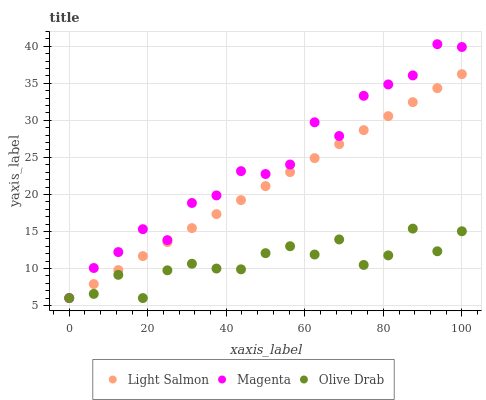
| xaxis_label | Light Salmon | Magenta | Olive Drab |
 | --- | --- | --- | --- |
 | 0 | 6 | 6 | 6 |
 | 6.25 | 7.89 | 10.1 | 6.57 |
 | 12.5 | 9.78 | 12.2 | 9.14 |
 | 18.8 | 11.7 | 15.3 | 6 |
 | 25 | 13.6 | 13.8 | 9.75 |
 | 31.2 | 15.5 | 18.8 | 10.6 |
 | 37.5 | 17.3 | 19.9 | 9.99 |
 | 43.8 | 19.2 | 23.1 | 9.88 |
 | 50 | 21.1 | 22.8 | 12.1 |
 | 56.2 | 23 | 24 | 13 |
 | 62.5 | 24.9 | 29.7 | 11.9 |
 | 68.8 | 26.8 | 27.9 | 13.9 |
 | 75 | 28.7 | 33.3 | 10.5 |
 | 81.2 | 30.6 | 34.9 | 11.8 |
 | 87.5 | 32.5 | 36.1 | 15.4 |
 | 93.8 | 34.4 | 40.3 | 12.3 |
 | 100 | 36.2 | 39.9 | 15 |